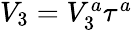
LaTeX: \begin{array}{r}{V_{3}=V_{3}^{a}\tau^{a}}\end{array}